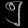
Digit: ၅